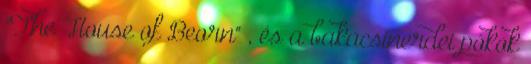
"The House of Beorn" , és a bakacsinerdei pókok